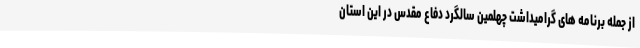
از جمله برنامه های گرامیداشت چهلمین سالگرد دفاع مقدس در این استان